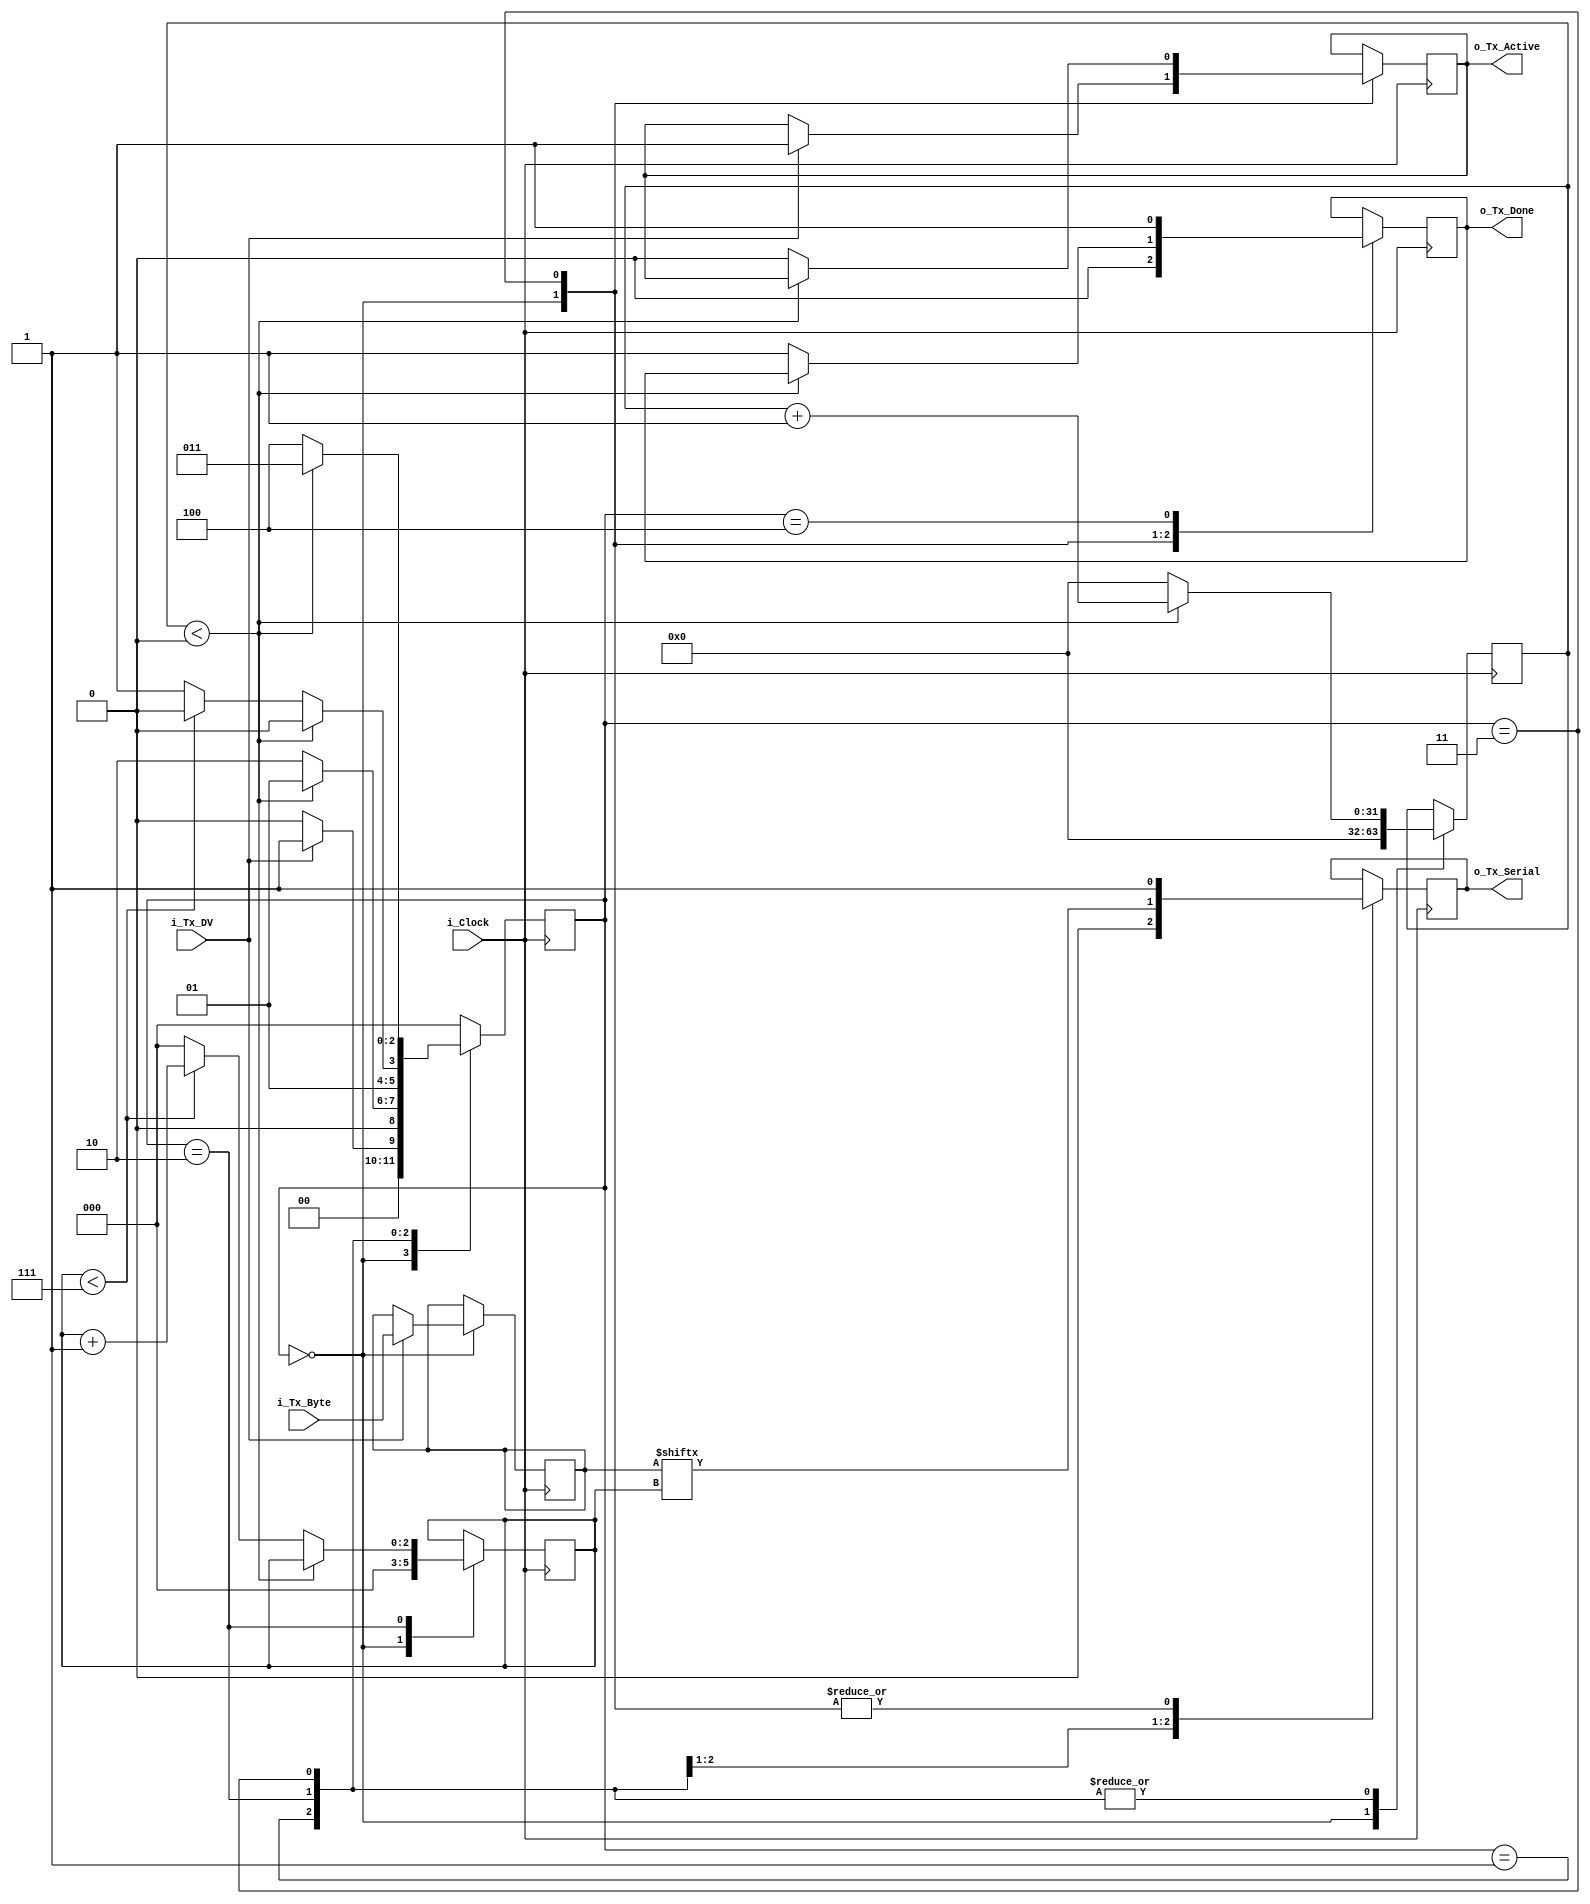
//////////////////////////////////////////////////////////////////////
// File Downloaded from http://www.nandland.com
//////////////////////////////////////////////////////////////////////
// This file contains the UART Transmitter.  This transmitter is able
// to transmit 8 bits of serial data, one start bit, one stop bit,
// and no parity bit.  When transmit is complete o_Tx_done will be
// driven high for one clock cycle.
//
// Set Parameter CLKS_PER_BIT as follows:
// CLKS_PER_BIT = (Frequency of i_Clock)/(Frequency of UART)
// Example: 10 MHz Clock, 115200 baud UART
// (10000000)/(115200) = 87
  
module uart_tx 
  #(parameter CLKS_PER_BIT=1)
  (
   input       i_Clock,
   input       i_Tx_DV,
   input [7:0] i_Tx_Byte, 
   output      o_Tx_Active,
   output reg  o_Tx_Serial,
   output      o_Tx_Done
   );
  
  parameter s_IDLE         = 3'b000;
  parameter s_TX_START_BIT = 3'b001;
  parameter s_TX_DATA_BITS = 3'b010;
  parameter s_TX_STOP_BIT  = 3'b011;
  parameter s_CLEANUP      = 3'b100;
   
  reg [2:0]    r_SM_Main     = 0;
  reg [31:0]    r_Clock_Count = 0;
  reg [2:0]    r_Bit_Index   = 0;
  reg [7:0]    r_Tx_Data     = 0;
  reg          r_Tx_Done     = 0;
  reg          r_Tx_Active   = 0;
     
  always @(posedge i_Clock)
    begin
       
      case (r_SM_Main)
        s_IDLE :
          begin
            o_Tx_Serial   <= 1'b1;         // Drive Line High for Idle
            r_Tx_Done     <= 1'b0;
            r_Clock_Count <= 0;
            r_Bit_Index   <= 0;
             
            if (i_Tx_DV == 1'b1)
              begin
                r_Tx_Active <= 1'b1;
                r_Tx_Data   <= i_Tx_Byte;
                r_SM_Main   <= s_TX_START_BIT;
              end
            else
              r_SM_Main <= s_IDLE;
          end // case: s_IDLE
         
         
        // Send out Start Bit. Start bit = 0
        s_TX_START_BIT :
          begin
            o_Tx_Serial <= 1'b0;
             
            // Wait CLKS_PER_BIT-1 clock cycles for start bit to finish
            if (r_Clock_Count < CLKS_PER_BIT-1)
              begin
                r_Clock_Count <= r_Clock_Count + 1;
                r_SM_Main     <= s_TX_START_BIT;
              end
            else
              begin
                r_Clock_Count <= 0;
                r_SM_Main     <= s_TX_DATA_BITS;
              end
          end // case: s_TX_START_BIT
         
         
        // Wait CLKS_PER_BIT-1 clock cycles for data bits to finish         
        s_TX_DATA_BITS :
          begin
            o_Tx_Serial <= r_Tx_Data[r_Bit_Index];
             
            if (r_Clock_Count < CLKS_PER_BIT-1)
              begin
                r_Clock_Count <= r_Clock_Count + 1;
                r_SM_Main     <= s_TX_DATA_BITS;
              end
            else
              begin
                r_Clock_Count <= 0;
                 
                // Check if we have sent out all bits
                if (r_Bit_Index < 7)
                  begin
                    r_Bit_Index <= r_Bit_Index + 1;
                    r_SM_Main   <= s_TX_DATA_BITS;
                  end
                else
                  begin
                    r_Bit_Index <= 0;
                    r_SM_Main   <= s_TX_STOP_BIT;
                  end
              end
          end // case: s_TX_DATA_BITS
         
         
        // Send out Stop bit.  Stop bit = 1
        s_TX_STOP_BIT :
          begin
            o_Tx_Serial <= 1'b1;
             
            // Wait CLKS_PER_BIT-1 clock cycles for Stop bit to finish
            if (r_Clock_Count < CLKS_PER_BIT-1)
              begin
                r_Clock_Count <= r_Clock_Count + 1;
                r_SM_Main     <= s_TX_STOP_BIT;
              end
            else
              begin
                r_Tx_Done     <= 1'b1;
                r_Clock_Count <= 0;
                r_SM_Main     <= s_CLEANUP;
                r_Tx_Active   <= 1'b0;
              end
          end // case: s_Tx_STOP_BIT
         
         
        // Stay here 1 clock
        s_CLEANUP :
          begin
            r_Tx_Done <= 1'b1;
            r_SM_Main <= s_IDLE;
          end
         
         
        default :
          r_SM_Main <= s_IDLE;
         
      endcase
    end
 
  assign o_Tx_Active = r_Tx_Active;
  assign o_Tx_Done   = r_Tx_Done;
   
endmodule //uart_tx